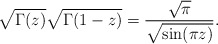
\begin{align*}\sqrt{\Gamma(z)} \sqrt{\Gamma(1-z)} ={\sqrt \pi \over \sqrt {\sin (\pi z)}}.\end{align*}